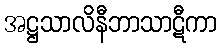
အဋ္ဌသာလိနီဘာသာဋီကာ